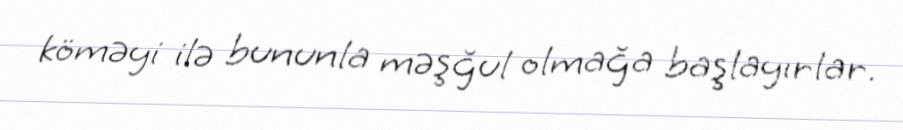
köməyi ilə bununla məşğul olmağa başlayırlar.